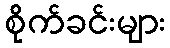
စိုက်ခင်းများ